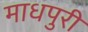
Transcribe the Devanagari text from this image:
माधपुरी